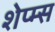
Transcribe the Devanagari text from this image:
शेप्म्स